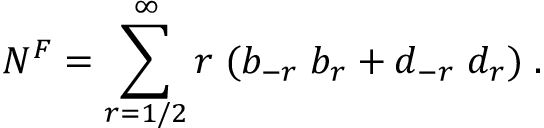
N ^ { F } = \sum _ { r = 1 / 2 } ^ { \infty } r \; ( b _ { - r } \; b _ { r } + d _ { - r } \; d _ { r } ) \; .